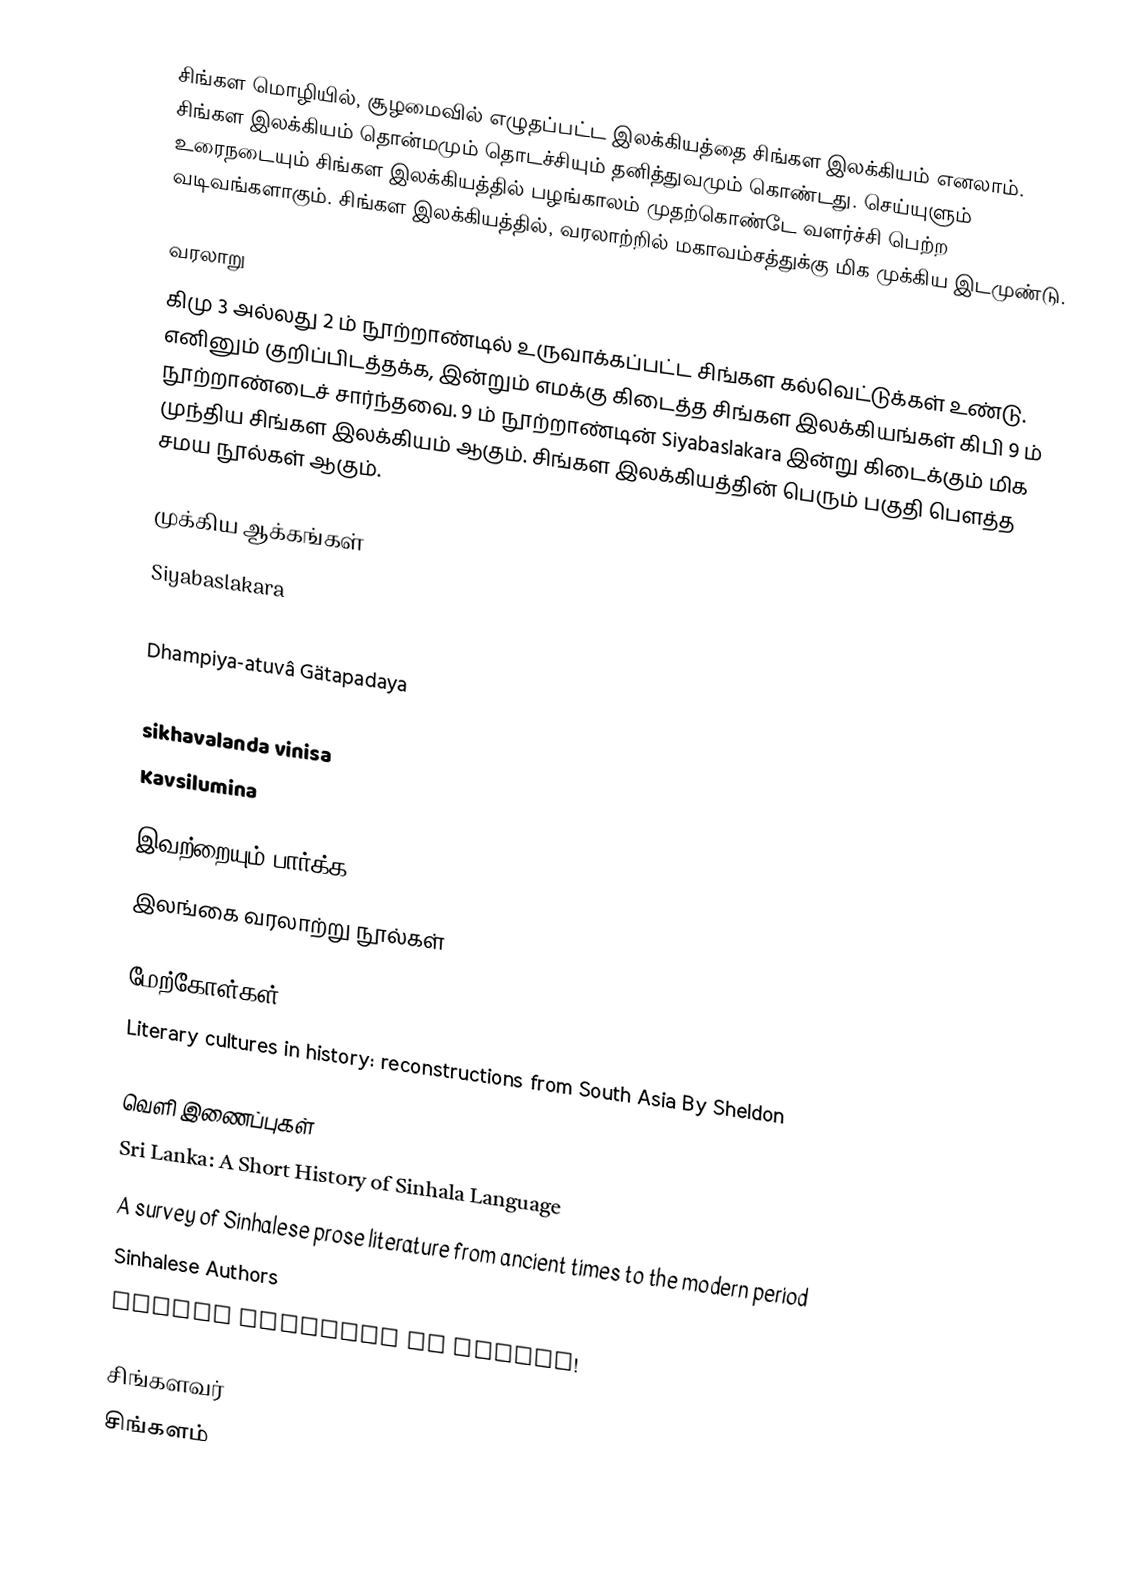
சிங்கள மொழியில், சூழமைவில் எழுதப்பட்ட இலக்கியத்தை சிங்கள இலக்கியம் எனலாம்.  சிங்கள இலக்கியம் தொன்மமும் தொடச்சியும் தனித்துவமும் கொண்டது. செய்யுளும் உரைநடையும் சிங்கள இலக்கியத்தில் பழங்காலம் முதற்கொண்டே வளர்ச்சி பெற்ற வடிவங்களாகும்.  சிங்கள இலக்கியத்தில், வரலாற்றில் மகாவம்சத்துக்கு மிக முக்கிய இடமுண்டு.

வரலாறு
கிமு 3 அல்லது 2 ம் நூற்றாண்டில் உருவாக்கப்பட்ட சிங்கள கல்வெட்டுக்கள் உண்டு.  எனினும் குறிப்பிடத்தக்க, இன்றும் எமக்கு கிடைத்த சிங்கள இலக்கியங்கள் கிபி 9 ம் நூற்றாண்டைச் சார்ந்தவை.  9 ம் நூற்றாண்டின் Siyabaslakara இன்று கிடைக்கும் மிக முந்திய சிங்கள இலக்கியம் ஆகும்.  சிங்கள இலக்கியத்தின் பெரும் பகுதி பெளத்த சமய நூல்கள் ஆகும்.

முக்கிய ஆக்கங்கள்
 Siyabaslakara
 Elu Sandas
 Dhampiya-atuvâ Gätapadaya
 sikhavalanda
 sikhavalanda vinisa
 Kavsilumina

இவற்றையும் பார்க்க
 இலங்கை வரலாற்று நூல்கள்

மேற்கோள்கள்
 Literary cultures in history: reconstructions from South Asia By Sheldon

வெளி இணைப்புகள்
 Sri Lanka: A Short History of Sinhala Language
 A survey of Sinhalese prose literature from ancient times to the modern period
 Sinhalese Authors
 Living language in crisis!

சிங்களவர்
சிங்களம்